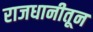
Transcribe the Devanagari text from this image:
राजधानीतून